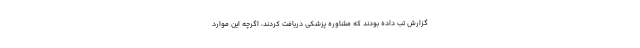
گزارش تب داده بودند که مشاوره پزشکی دریافت کردند، اگرچه این موارد